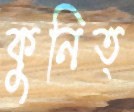
কুনিত্